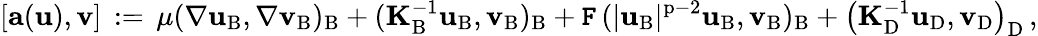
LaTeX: [\mathbf{a}(\mathbf{u}),{\mathbf{v}}]\, :=\, \mu(\nabla\mathbf{u}_{\mathrm{B}},\nabla{\mathbf{v}}_{\mathrm{B}})_{\mathrm{B}}+(\mathbf{K}_{\mathrm{B}}^{-1}\mathbf{u}_{\mathrm{B}},{\mathbf{v}}_{\mathrm{B}})_{\mathrm{B}}+\mathtt{F}\, (|\mathbf{u}_{\mathrm{B}}|^{\mathrm{p}-2}\mathbf{u}_{\mathrm{B}},{\mathbf{v}}_{\mathrm{B}})_{\mathrm{B}}+\left(\mathbf{K}_{\mathrm{D}}^{-1}\mathbf{u}_{\mathrm{D}},{\mathbf{v}}_{\mathrm{D}}\right)_{\mathrm{D}}\, ,